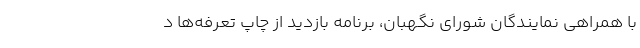
با همراهی نمایندگان شورای نگهبان، برنامه بازدید از چاپ تعرفه‌ها د